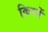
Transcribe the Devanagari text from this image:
किरनें